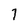
Character: 7